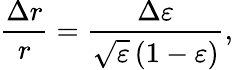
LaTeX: \frac{\Delta r}{r}=\frac{\Delta\varepsilon}{\sqrt{\varepsilon}\left(1-\varepsilon\right)},